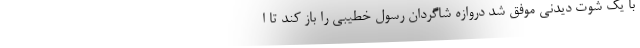
با یک شوت دیدنی موفق شد دروازه شاگردان رسول خطیبی را باز کند تا ا